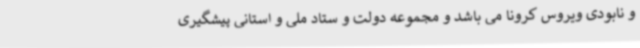
و نابودی ویروس کرونا می باشد و مجموعه دولت و ستاد ملی و استانی پیشگیری